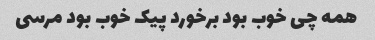
همه چی خوب بود برخورد پیک خوب بود مرسی